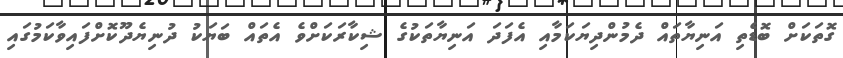
ގޮތަކަށް ބޮޑެތި އަނިޔާތައް ދެމުންދިޔަކަމާއި އެފަދަ އަނިޔާތަކުގެ ޝިކާރަކަށްވެ އެތައް ބަޔަކު ދުނިޔެދޫކޮށްފައިވާކަމުގައި